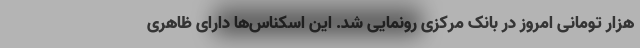
هزار تومانی امروز در بانک مرکزی رونمایی شد. این اسکناس‌ها دارای ظاهری